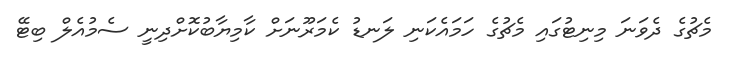
މެޗުގެ ދެވަނަ މިނިޓުގައި މެޗުގެ ހަމައެކަނި ލަނޑު ކެމަރޫނަށް ކާމިޔާބުކޮށްދިނީ ސެމުއެލް ބިޓޭ